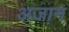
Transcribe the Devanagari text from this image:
अजा़न